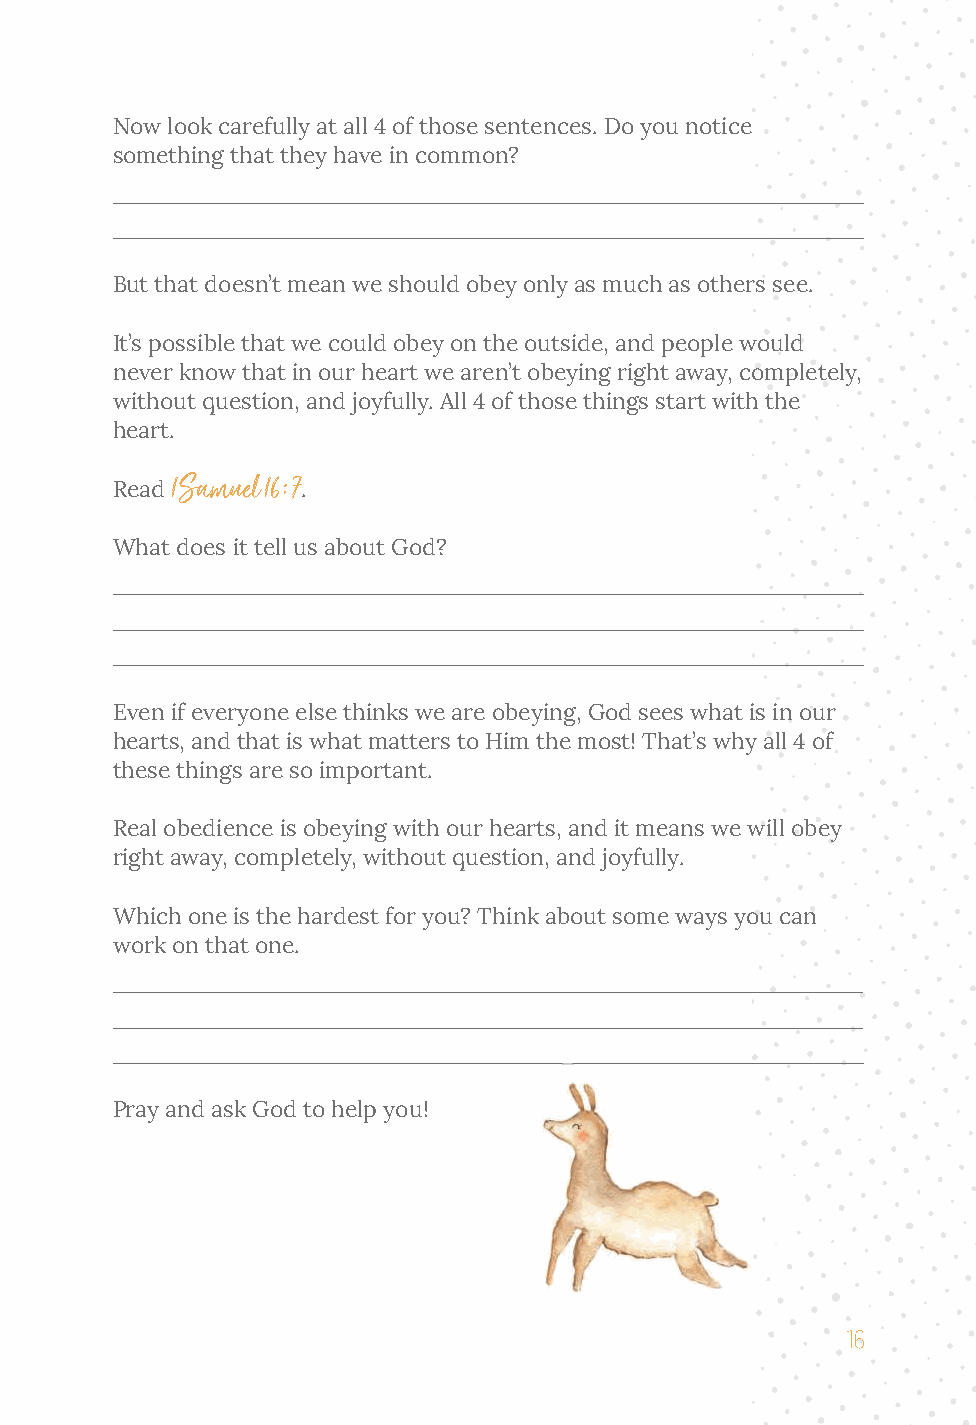
Now look carefully at all 4 of those sentences. Do you notice
 something that they have in common?
 ____________________________________________________________
 ____________________________________________________________
 But that doesn’t mean we should obey only as much as others see.
 It’s possible that we could obey on the outside, and people would
 never know that in our heart we aren’t obeying right away, completely,
 without question, and joyfully. All 4 of those things start with the
 heart.
 1 Samuel 16:7
 Read         .
 What does it tell us about God?
 ____________________________________________________________
 ____________________________________________________________
 ____________________________________________________________
 Even if everyone else thinks we are obeying, God sees what is in our
 hearts, and that is what matters to Him the most! That’s why all 4 of
 these things are so important.
 Real obedience is obeying with our hearts, and it means we will obey
 right away, completely, without question, and joyfully.
 Which one is the hardest for you? Think about some ways you can
 work on that one.
 ____________________________________________________________
 ____________________________________________________________
 ____________________________________________________________
 Pray and ask God to help you!
 16